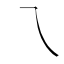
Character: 乁